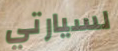
لسيارتي